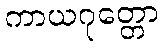
ကာယဂုတ္တော